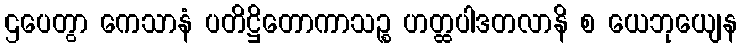
ဌပေတွာ ကေသာနံ ပတိဋ္ဌိတောကာသဉ္စ ဟတ္ထပါဒတလာနိ စ ယေဘုယျေန